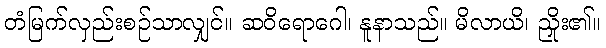
တံမြက်လှည်းစဉ်သာလျှင်။ ဆဝိရောဂေါ၊ နူနာသည်။ မိလာယိ၊ ညှိုး၏။